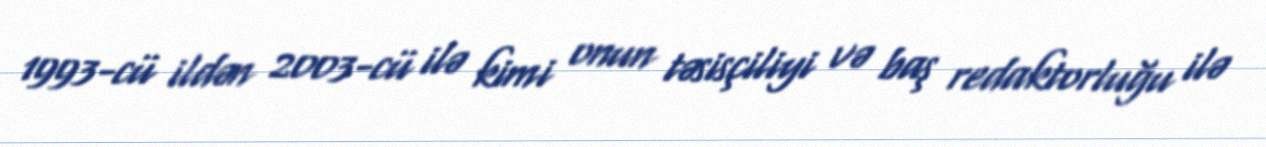
1993-cü ildən 2003-cü ilə kimi onun təsisçiliyi və baş redaktorluğu ilə